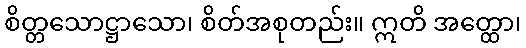
စိတ္တသောဋ္ဌာသော၊ စိတ်အစုတည်း။ ဣတိ အတ္ထော၊